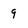
Character: g